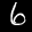
Label: 6